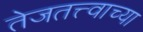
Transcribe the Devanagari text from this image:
तेजतत्त्वाच्या